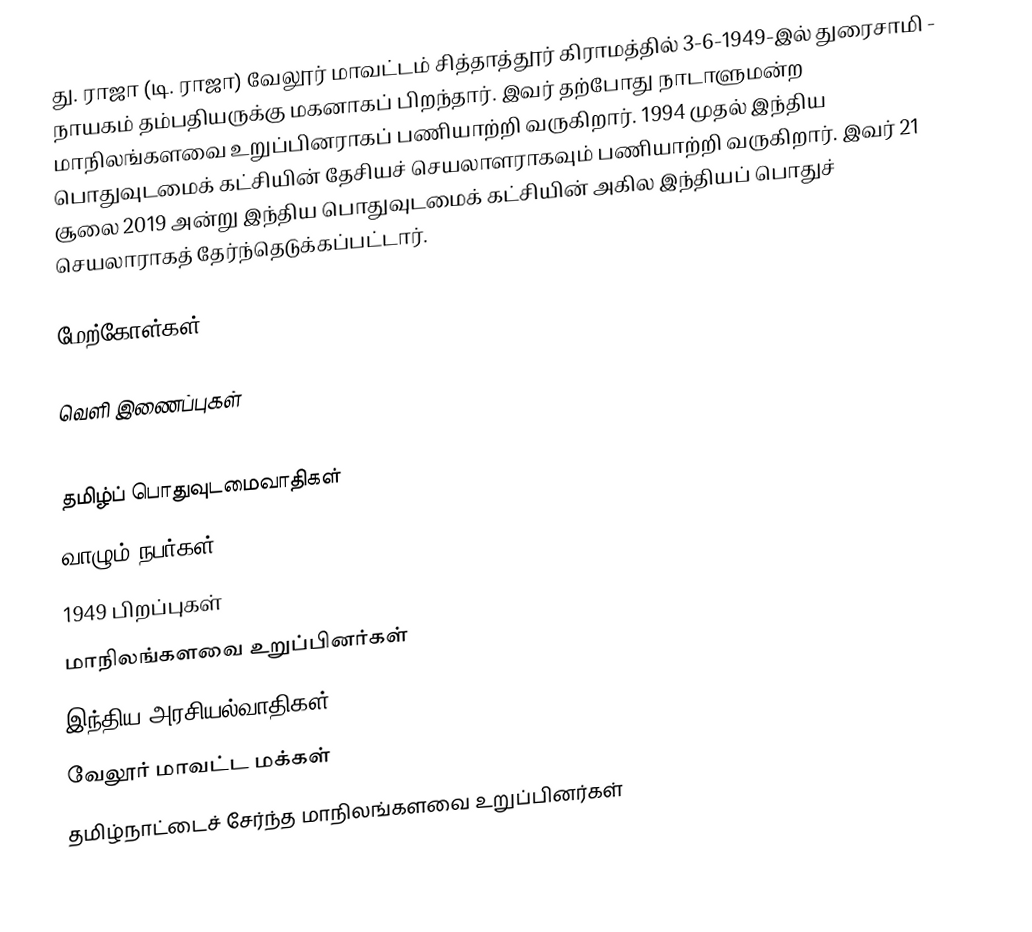
து. ராஜா (டி. ராஜா) வேலூர் மாவட்டம் சித்தாத்தூர் கிராமத்தில் 3-6-1949-இல் துரைசாமி - நாயகம் தம்பதியருக்கு மகனாகப்  பிறந்தார். இவர் தற்போது நாடாளுமன்ற மாநிலங்களவை உறுப்பினராகப் பணியாற்றி வருகிறார். 1994 முதல் இந்திய பொதுவுடமைக் கட்சியின் தேசியச் செயலாளராகவும்  பணியாற்றி வருகிறார். இவர் 21 சூலை 2019 அன்று இந்திய பொதுவுடமைக் கட்சியின் அகில இந்தியப் பொதுச் செயலாராகத் தேர்ந்தெடுக்கப்பட்டார்.

மேற்கோள்கள்

வெளி இணைப்புகள்

தமிழ்ப் பொதுவுடமைவாதிகள்
வாழும் நபர்கள்
1949 பிறப்புகள்
மாநிலங்களவை உறுப்பினர்கள்
இந்திய அரசியல்வாதிகள்
வேலூர் மாவட்ட மக்கள்
தமிழ்நாட்டைச் சேர்ந்த மாநிலங்களவை உறுப்பினர்கள்